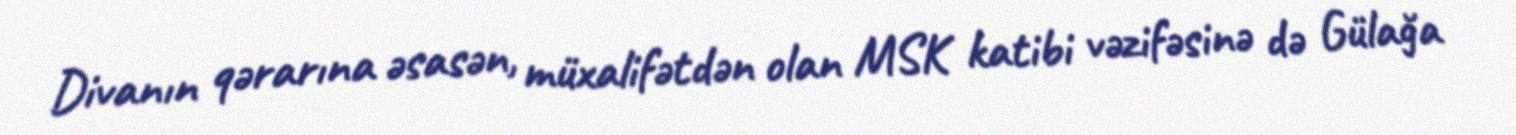
Divanın qərarına əsasən, müxalifətdən olan MSK katibi vəzifəsinə də Gülağa